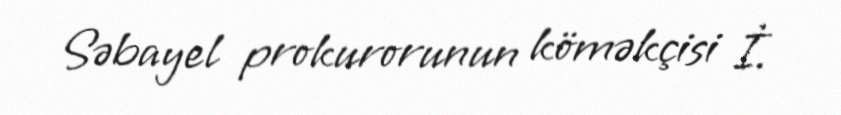
Səbayel prokurorunun köməkçisi İ.